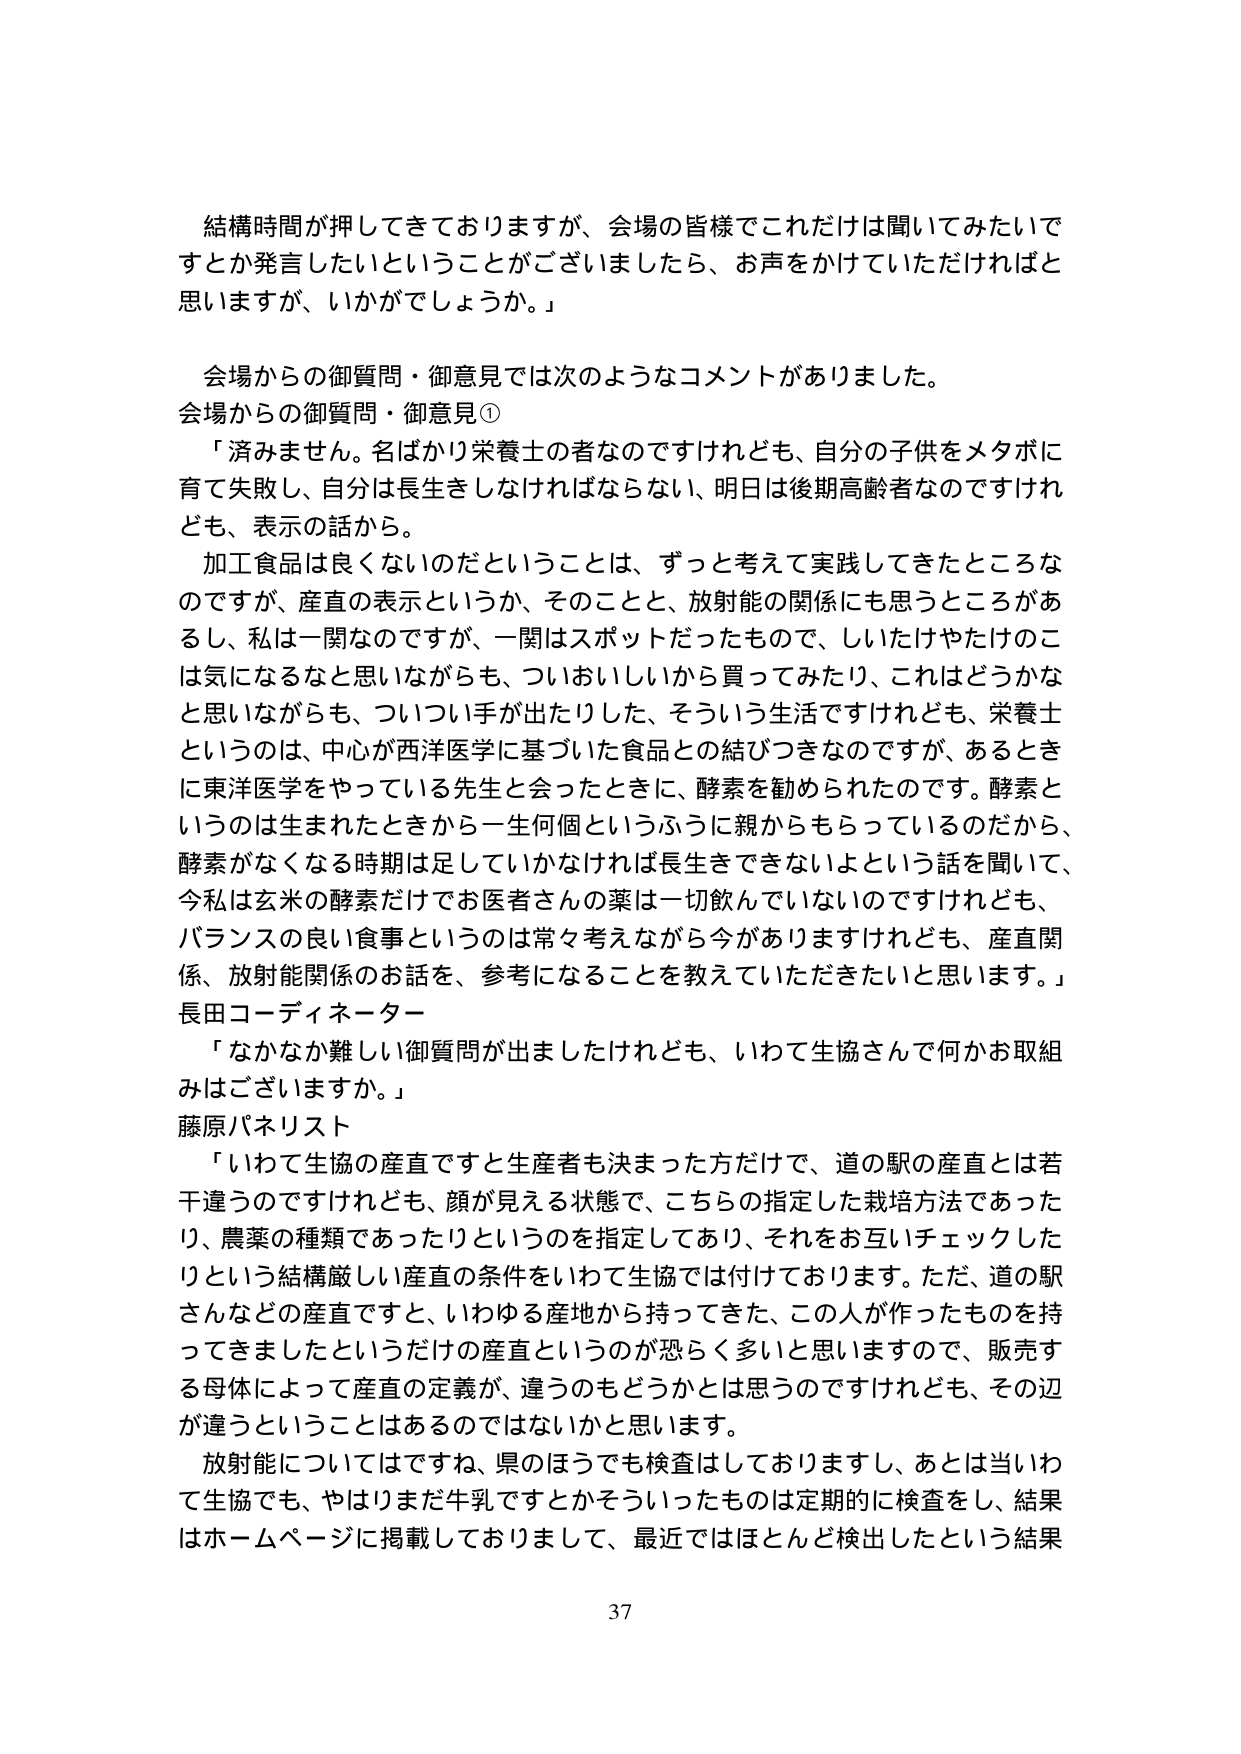
結構時間が押してきておりますが、会場の皆様でこれだけは聞いてみたいですとか発言したいということがございましたら、お声をかけていただければと思いますが、いかがでしょうか。」

会場からの御質問・御意見では次のようなコメントがありました。
会場からの御質問・御意見①
「済みません。名ばかり栄養士の者なのですが、自分の子供をメタボに育て失敗し、自分は長生きしなければならない、明日は後期高齢者なのですが、表示の話から。
加工食品は良くないのだということは、ずっと考えて実践してきたところなのですが、産直の表示というか、そのことと、放射能の関係にも思うところがあるし、私は一関なのですが、一関はスポットだったもので、しいたけやたけのこは気になるなと思いながらも、ついおいしいから買ってみたり、これはどうかなと思いながらも、ついつい手が出たりした、そういう生活ですけれども、栄養士というのは、中心が西洋医学に基づいた食品との結びつきなのですが、あるときに東洋医学をやっている先生と会ったときに、酵素を勧められたのです。酵素というのは生まれたときから一生何個というふうに親からもらっているのだから、酵素がなくなる時期は足していかなければ長生きできないよという話を聞いて、今私は玄米の酵素だけでお医者さんの薬は一切飲んでいないのですけれども、バランスの良い食事というのは常々考えながら今がありますけれども、産直関係、放射能関係のお話を、参考になることを教えていただきたいと思います。」
長田コーディネーター
「なかなか難しい御質問が出ましたけれども、いわて生協さんで何かお取組みはございますか。」
藤原パネリスト
「いわて生協の産直ですと生産者も決まった方だけで、道の駅の産直とは若干違うのですけれども、顔が見える状態で、こちらの指定した栽培方法であったり、農薬の種類であったりというのを指定しており、それをお互いチェックしたりという結構厳しい産直の条件をいわて生協では付けております。ただ、道の駅さんなどの産直ですと、いわゆる産地から持ってきた、この人が作ったものを持ってきましたというだけの産直というのが恐らく多いと思いますので、販売する母体によって産直の定義が、違うのもどうかとは思うのですけれども、その辺が違うということはあるのではないでしょうかと思います。
放射能についてはですね、県のほうでも検査はしておりますし、あとは当いわて生協でも、やはりまだ牛乳ですとかそういったものは定期的に検査をし、結果はホームページに掲載しておりますし、最近ではほとんど検出したという結果

37